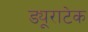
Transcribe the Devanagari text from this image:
ड्यूराटेक